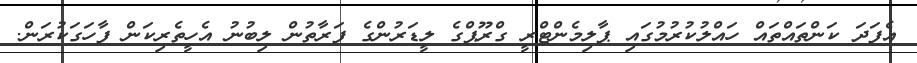
އެފަދަ ކަންތައްތައް ހައްލުކުރުމުގައި ޕާލިމެންޓްރީ ގްރޫޕްގެ ލީޑަރުންގެ ފަރާތުން ލިބުނު އެހީތެރިކަން ފާހަގަކުރަން.